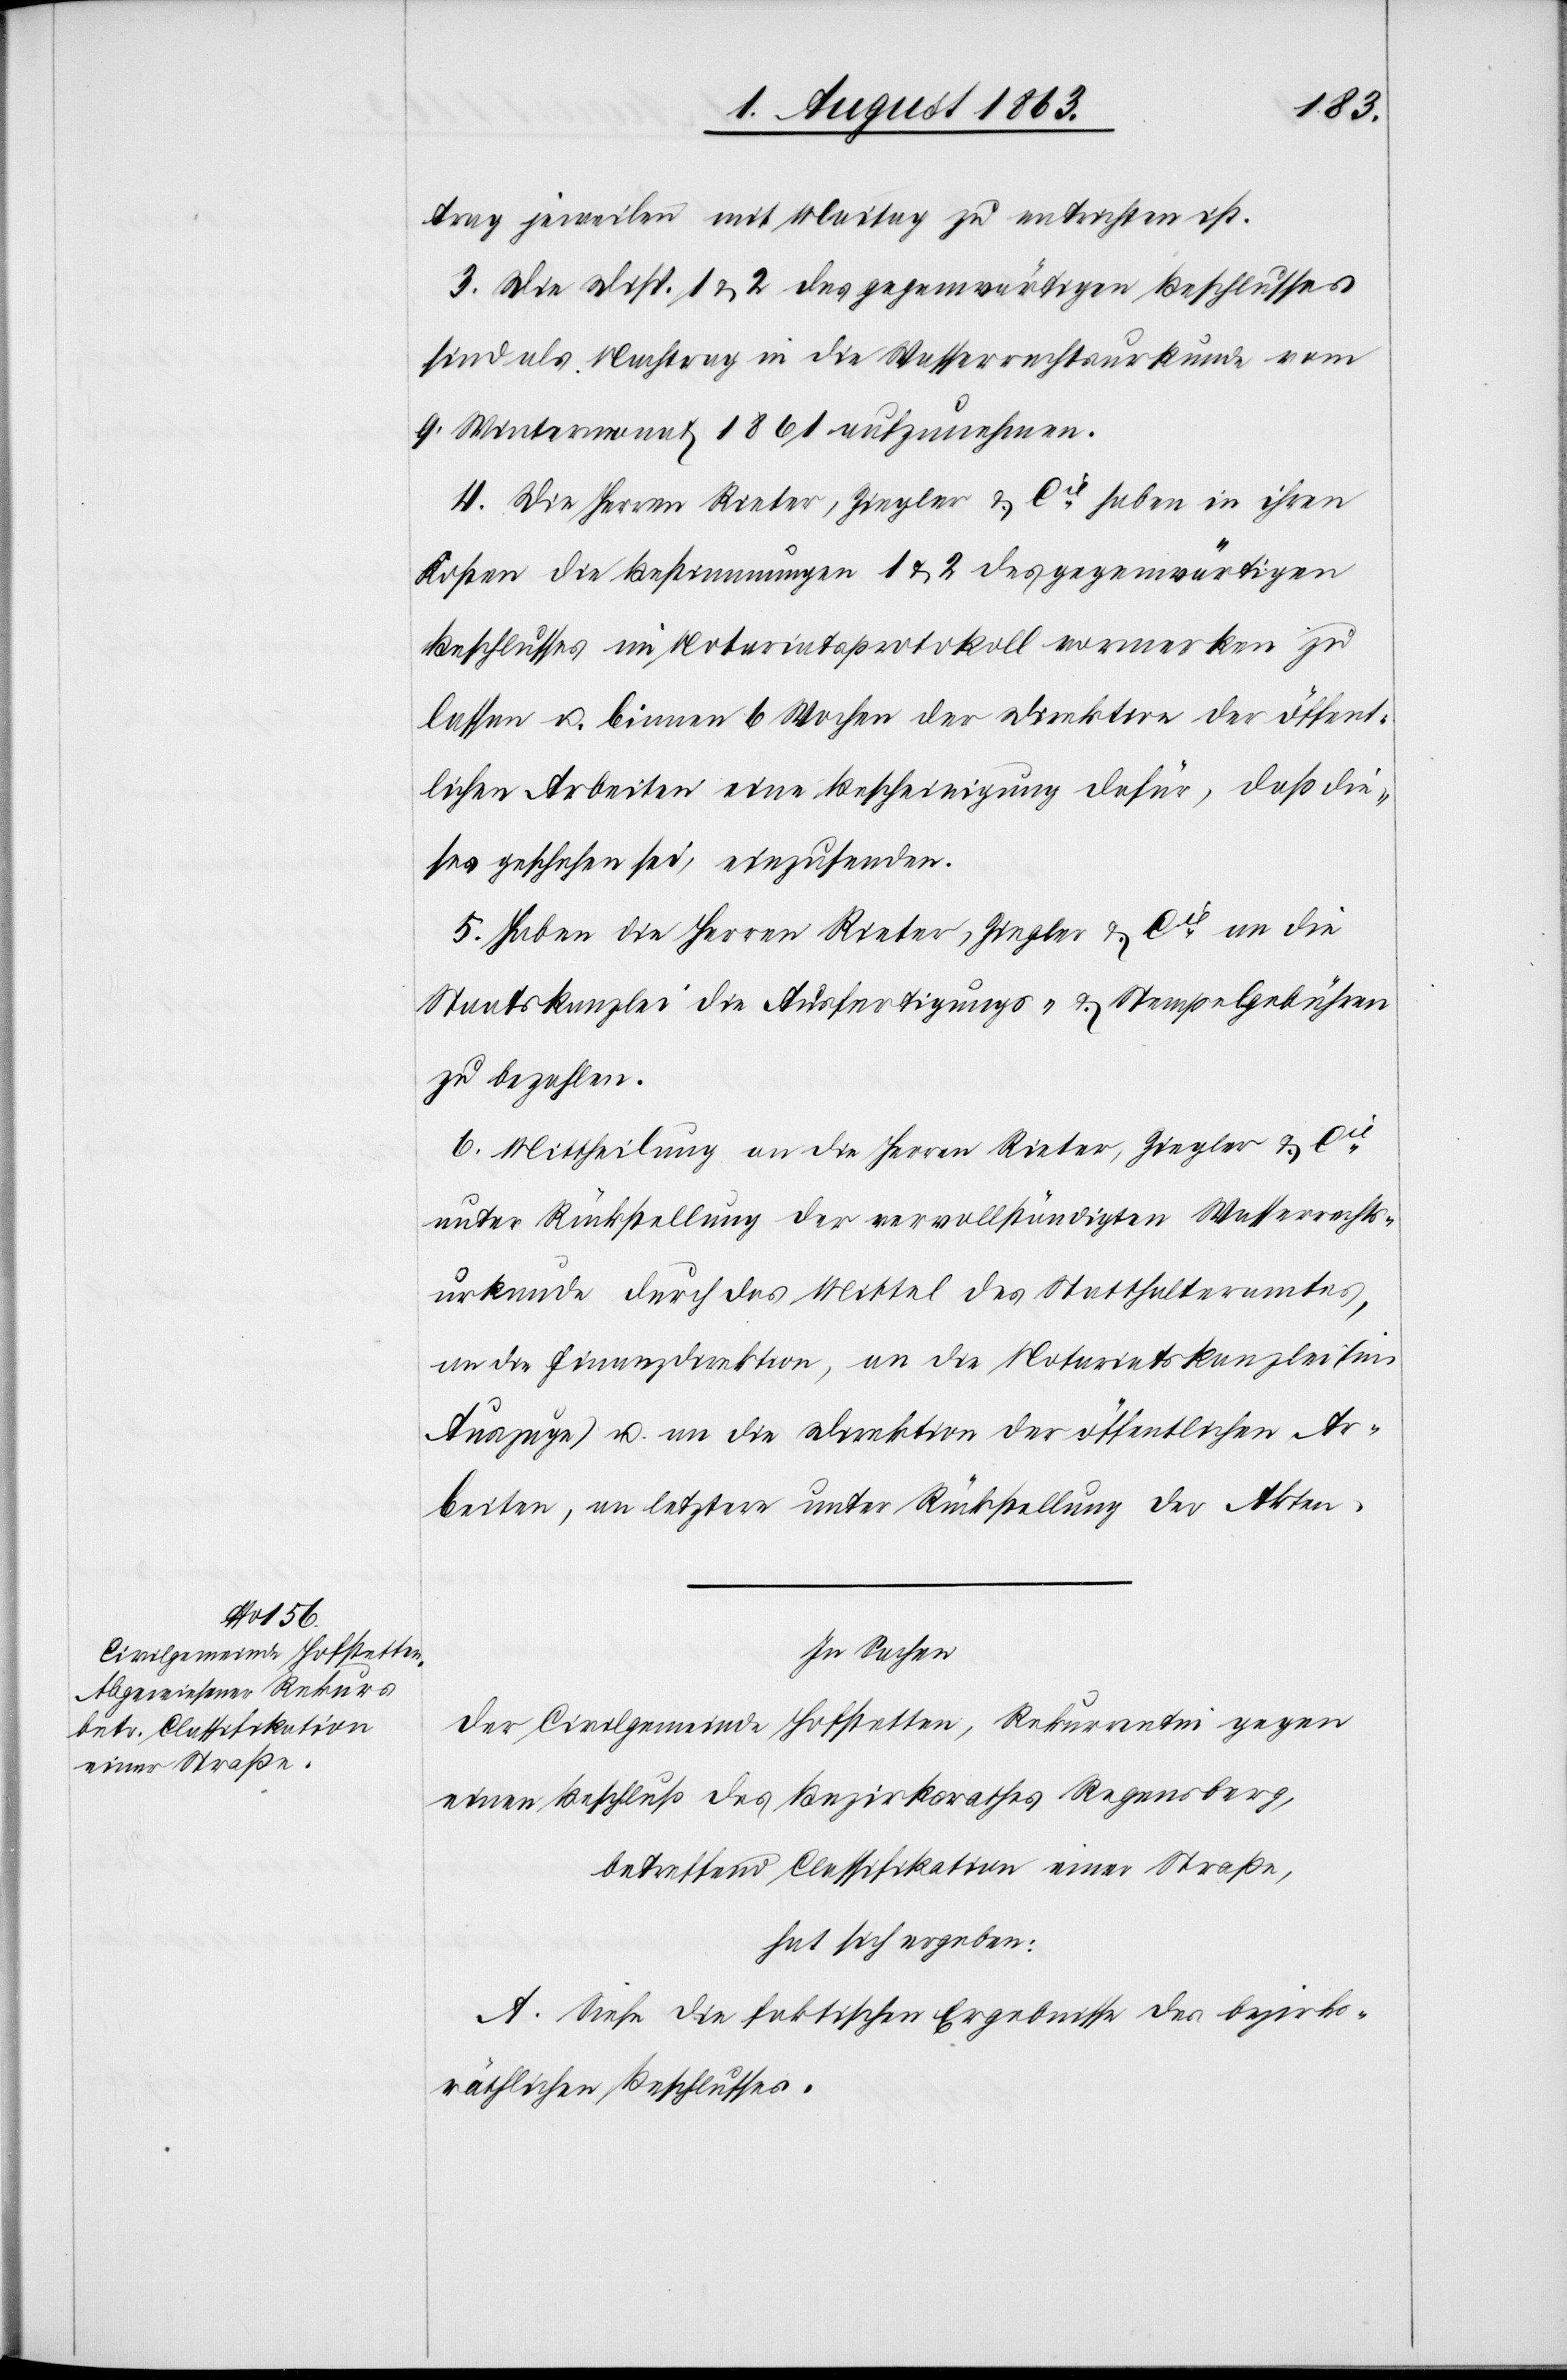
trag jeweilen mit Maitag zu entrichten ist.
3. Die Disp. 1 & 2 des gegenwärtigen Beschlusses
sind als Nachtrag in die Wasserrechtsurkunde vom
9. Wintermonat 1861 aufzunehmen.
4. Die Herren Rieter, Ziegler & Cie haben in ihren
Kosten die Bestimmungen 1 & 2 des gegenwärtigen
Beschlusses im Notariatsprotokoll vormerken zu
lassen u. binnen 6 Wochen der Direktion der öffent¬
lichen Arbeiten eine Bescheinigung dafür, daß die¬
ses geschehen sei, einzusenden.
5. Haben die Herren Rieter, Ziegler & Cie an die
Staatskanzlei die Ausfertigungs- & Stempelgebühren
zu bezahlen.
6. Mittheilung an die Herren Rieter, Ziegler & Cie
unter Rückstellung der vervollständigten Wasserrechts¬
urkunde durch das Mittel des Statthalteramtes,
an die Finanzdirektion, an die Notariatskanzlei (im
Auszuge) u. an die Direktion der öffentlichen Ar¬
beiten, an letztere unter Rückstellung der Akten.
In Sachen
der Civilgemeinde Hofstetten, Rekurrentin gegen
einen Beschluß des Bezirksrathes Regensberg,
betreffend Classifikation einer Straße,
hat sich ergeben:
A. Siehe die faktischen Ergebnisse des bezirks¬
räthlichen Beschlusses.